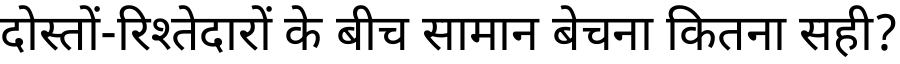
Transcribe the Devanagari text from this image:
दोस्तों-रिश्तेदारों के बीच सामान बेचना कितना सही?